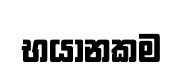
භයානකම